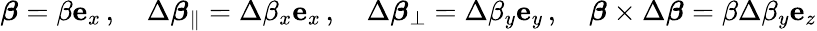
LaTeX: {\boldsymbol{\beta}}=\beta\mathbf{e}_{x}\, ,\quad\Delta{\boldsymbol{\beta}}_{\parallel}=\Delta\beta_{x}\mathbf{e}_{x}\, ,\quad\Delta{\boldsymbol{\beta}}_{\perp}=\Delta\beta_{y}\mathbf{e}_{y}\, ,\quad{\boldsymbol{\beta}}\times\Delta{\boldsymbol{\beta}}=\beta\Delta\beta_{y}\mathbf{e}_{z}